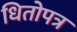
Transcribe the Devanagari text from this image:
धितोपत्र